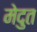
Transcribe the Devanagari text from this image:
मेदुत